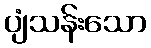
ပျံသန်းသော